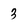
Character: 3